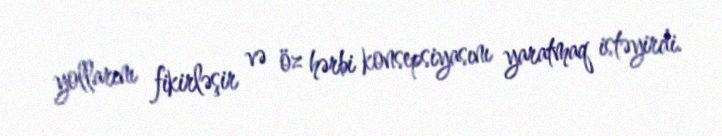
yollarını fikirləşir və öz hərbi konsepsiyasını yaratmaq istəyirdi.